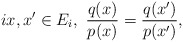
\begin{align*} i x,x' \in E_i,~\frac{q(x)}{p(x)}=\frac{q(x')}{p(x')},\end{align*}